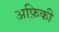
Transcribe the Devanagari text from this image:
अफ़िकी